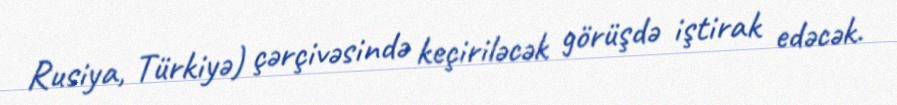
Rusiya, Türkiyə) çərçivəsində keçiriləcək görüşdə iştirak edəcək.